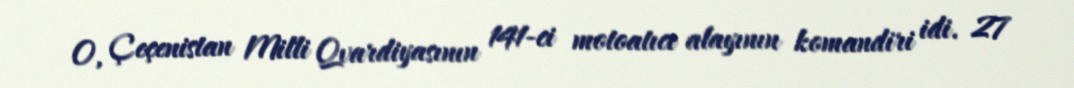
O, Çeçenistan Milli Qvardiyasının 141-ci motoatıcı alayının komandiri idi. 27